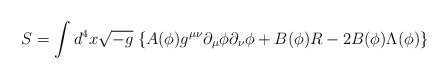
\begin{align*}S= \int d^4x \sqrt{-g}\; \{ A(\phi)g^{\mu\nu}\partial_{\mu}\phi\partial_{\nu}\phi + B(\phi)R -2B(\phi) \Lambda(\phi) \}\end{align*}